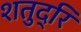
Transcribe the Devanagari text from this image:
शतुद्रि